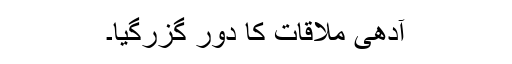
آدھی ملاقات کا دور گزرگیا۔